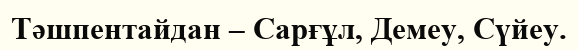
Тәшпентайдан – Сарғұл, Демеу, Сүйеу.